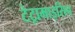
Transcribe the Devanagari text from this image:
टेट्रामाइसिन